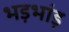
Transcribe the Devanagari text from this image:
भड़भांड़